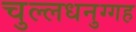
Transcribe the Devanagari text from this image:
चुल्लधनुग्गह